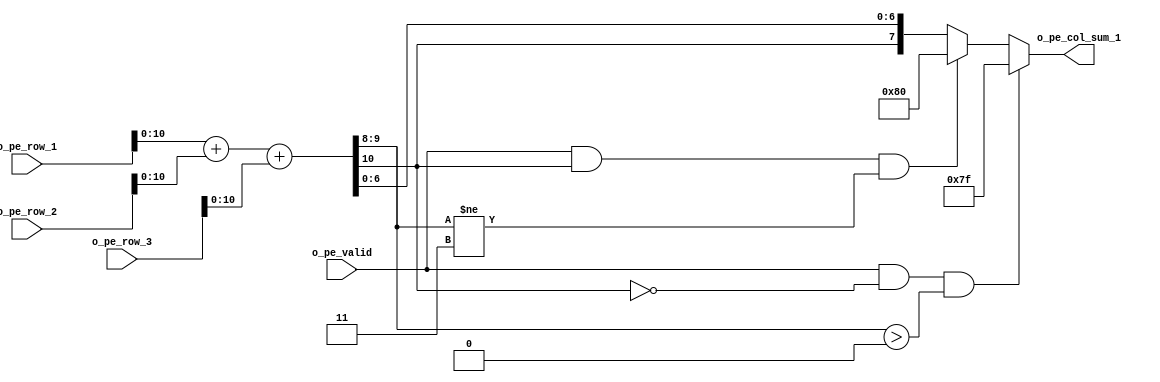
`timescale 1ns / 1ps
//////////////////////////////////////////////////////////////////////////////////
// Company: 
// Engineer: 
// 
// Design Name: 
// Module Name: manage_overflow
// Project Name: 
// Target Devices: 
// Tool Versions: 
// Description: 
// 
// Dependencies: 
// 
// Revision:
// Revision 0.01 - File Created
// Additional Comments:
// 
//////////////////////////////////////////////////////////////////////////////////


module manage_overflow(
input signed [15:0] o_pe_row_1,
input signed [15:0] o_pe_row_2,
input signed [15:0] o_pe_row_3,
input o_pe_valid,
output reg signed [7:0] o_pe_col_sum_1
    );
    
    wire signed [10:0] tmp1;
        
    assign tmp1 = o_pe_row_1 + o_pe_row_2+ o_pe_row_3;

    always@(*) begin
        if((o_pe_valid) && !(tmp1[10]) && (tmp1[9:8] > 0)) o_pe_col_sum_1 = 8'b01111111;
        else if((o_pe_valid) && (tmp1[10]) && (tmp1[9:8] != 2'b11)) o_pe_col_sum_1 = 8'b10000000;
        else o_pe_col_sum_1 = {tmp1[10], tmp1[6:0]};
    end
    
endmodule